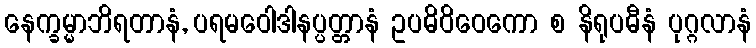
နေက္ခမ္မာဘိရတာနံ, ပရမဝေါဒါနပ္ပတ္တာနံ ဥပဓိဝိဝေကော စ နိရုပဓီနံ ပုဂ္ဂလာနံ